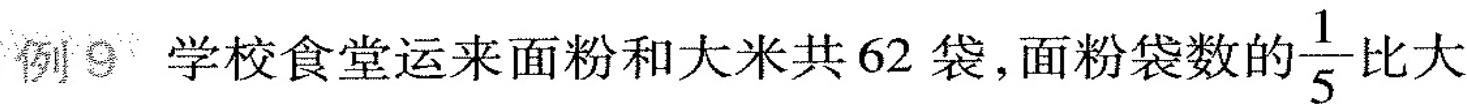
例9 学校食堂运来面粉和大米共62袋，面粉袋数的 \frac{1}{5}比大